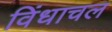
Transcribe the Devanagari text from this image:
विंधाचल